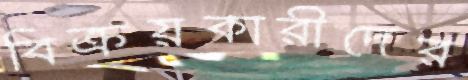
বিক্রয়কারীদের